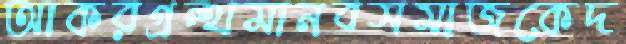
আকরগ্রন্থমানবসমাজকেদ